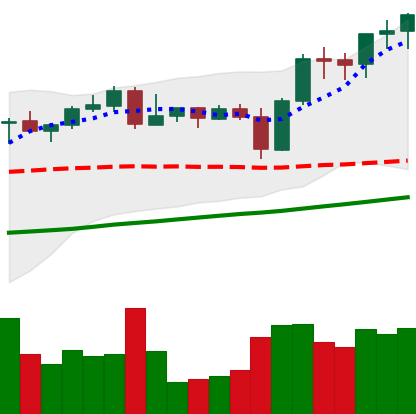
Ticker: BNB-USD
Chart end date: 2021-11-03
Forward return: 15.079%
Label: up_7plus